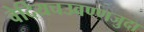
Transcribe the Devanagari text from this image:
वेदियचउवण्णजुदा